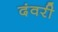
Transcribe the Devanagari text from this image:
दंवरी